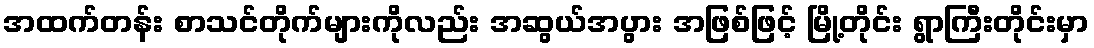
အထက်တန်း စာသင်တိုက်များကိုလည်း အဆွယ်အပွား အဖြစ်ဖြင့် မြို့တိုင်း ရွာကြီးတိုင်းမှာ